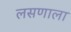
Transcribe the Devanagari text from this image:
लसणाला